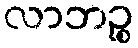
လာဘဉ္စ